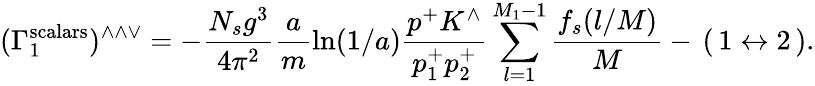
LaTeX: (\Gamma_{1}^{\mathrm{scalars}})^{\wedge\wedge\vee}=-\frac{N_{s}g^{3}}{4\pi^{2}}\frac{a}{m}\ln(1/a)\frac{p^{+}K^{\wedge}}{p_{1}^{+}p_{2}^{+}}\sum_{l=1}^{M_{1}-1}\frac{f_{s}(l/M)}{M}-\, (\, 1\leftrightarrow 2\, ).